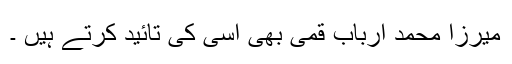
میرزا محمد ارباب قمی بھی اسی کی تائید کرتے ہیں ۔